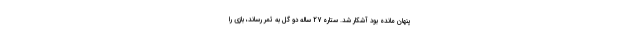
پنهان مانده بود آشکار شد. ستاره 27 ساله دو گل به ثمر رساند، بازی را